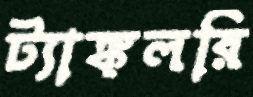
ট্যাঙ্কলরি